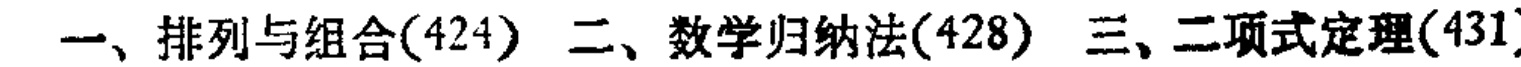
李生茂,1968 年生,中学高级教师。近十年担任高中数

学、计算机两科奥赛辅导工作及高三数学教学工作。多次荣

获“高中数学竞赛”省优秀辅导奖;2004 年 8 月在“全国计算

机编程大赛决赛”中荣获全国第六名;2007 年作品《我和学

生在 QQ》在湖南教育征文比赛中荣获省一等奖;2001 年作

品《高中数学应用在线》在株洲市首届教师网页比赛中荣获

市一等奖;被株洲市人民政府“记大功”一次。